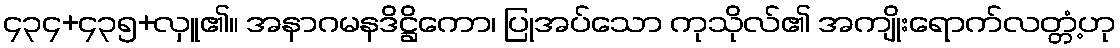
၄၃၄+၄၃၅+လှူ၏။ အနာဂမနဒိဋ္ဌိကော၊ ပြုအပ်သော ကုသိုလ်၏ အကျိုးရောက်လတ္တံ့ဟု